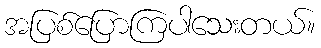
အပြစ်ပြောကြပါသေးတယ်။